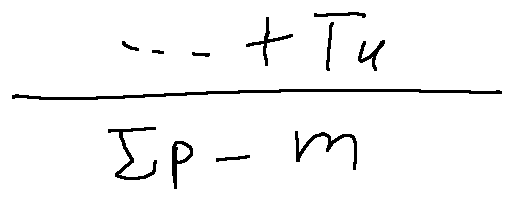
\frac { \cdots + T u } { \sum p - m }